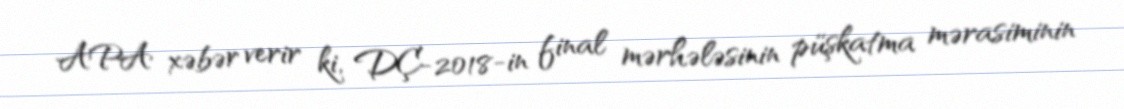
APA xəbər verir ki, DÇ-2018-in final mərhələsinin püşkatma mərasiminin